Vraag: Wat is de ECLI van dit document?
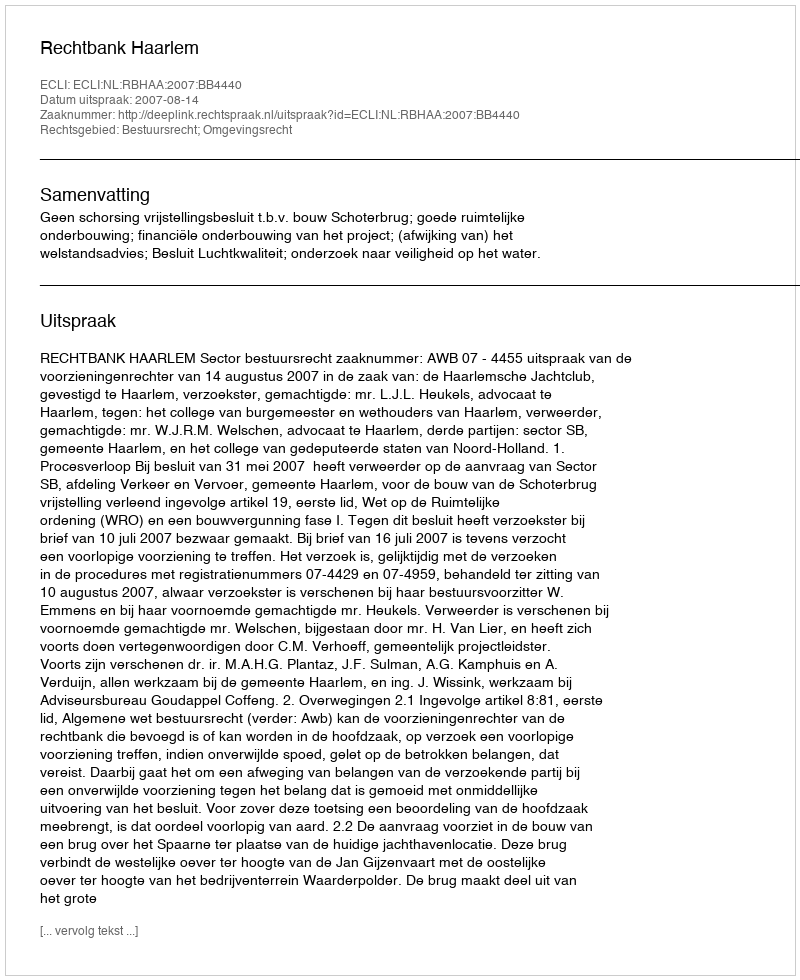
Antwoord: ECLI:NL:RBHAA:2007:BB4440